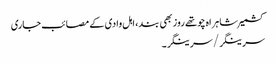
کشمیر شاہراہ چوتھے روز بھی بند، اہل وادی کے مصائب جاری
سرینگر/سرینگر۔